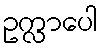
ဥက္လာပေါ